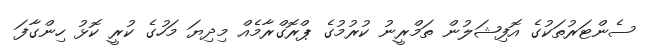
ސެންޓަރުތަކުގެ އޮފިޝަލުން ތަމްރީނު ކުރުމުގެ ޕްރޮގްރާމެއް މިދިޔަ މަހުގެ ކުރީ ކޮޅު ހިންގާފަ